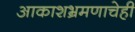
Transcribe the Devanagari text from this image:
आकाशभ्रमणाचेही